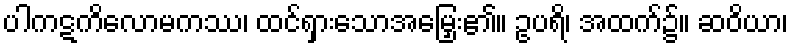
ပါကဋကိလောမကဿ၊ ထင်ရှားသောအမြှေး၏။ ဥပရိ၊ အထက်၌။ ဆဝိယာ၊